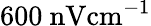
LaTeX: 600\ \mathrm{nV{cm}^{-1}}